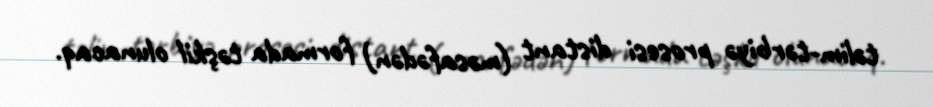
təlim-tərbiyə prosesi distant (məsafədən) formada təşkil olunacaq.